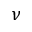
\nu